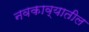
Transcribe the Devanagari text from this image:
नवकाव्यातील